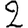
Digit: 2